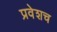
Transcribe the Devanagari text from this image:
प्रवेशच